Rangoon Lunatic Asylum 1878-1892 - 1878-1892
Year: 1878
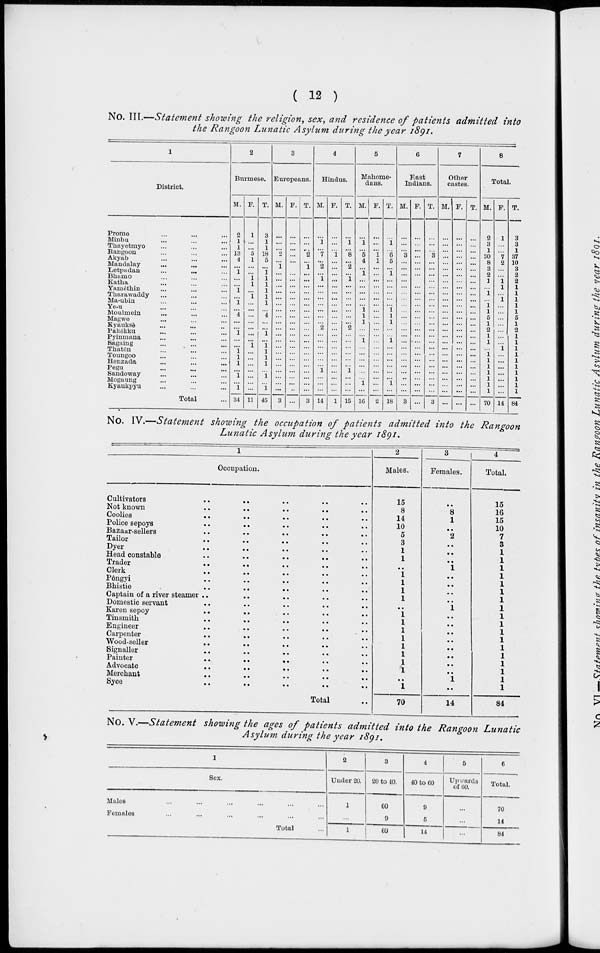
( 12 )
No. III.—Statement showing the religion, sex, and residence of patients admitted into
the Rangoon Lunatic Asylum during the year 1891.
1
District.
Prome ... ... ...
Minbu ... ... ...
Thayetmyo ... ... ...
Rangoon ... ... ...
Akyab ... ... ...
Mandalay ... ... ...
Letpadan
...
...
...
Bhamo ... ... ...
Katha ... ... ...
Yamèthin ... ... ...
Tharawaddy ... ... ...
Ma-ubin ... ... ...
Ye-u ... ... ...
Moulmein ... ... ...
Magwe ... ... ...
Kyauksè ... ... ...
Pakôkku ... ... ...
Pyinmana ... ... ...
Sagaing ... ... ...
Thatôn ... ... ...
Toungoo ... ... ...
Henzada ... ... ...
Pegu ... ... ...
Sandoway ... ... ...
Mogaung ... ... ...
Kyaukpyu ... ... ...
Total ...
2
Burmese.
M.
2
1
1
13
4
...
1
...
...
1
...
1
...
4
...
...
1
...
...
1
1
1
...
1
...
1
34
F.
1
...
...
5
1
...
...
1
1
...
1
...
...
...
...
...
...
...
1
...
...
...
...
...
...
...
11
T.
3
1
1
18
5
...
1
1
1
1
1
1
...
4
...
...
1
...
1
1
1
1
...
1
...
1
45
3
Europeans.
M.
...
...
...
2
...
1
...
...
...
...
...
...
...
...
...
...
...
...
...
...
...
...
...
...
...
...
3
F.
...
...
...
...
...
...
...
...
...
...
...
...
...
...
...
...
...
...
...
...
...
...
...
...
...
...
...
T.
...
...
...
2
...
1
...
...
...
...
...
...
...
...
...
...
...
...
...
...
...
...
...
...
...
...
3
4
Hindus.
M.
...
1
...
7
...
2
...
1
...
...
...
...
...
...
...
2
...
...
...
...
...
...
1
...
...
...
14
F.
...
...
...
1
...
...
...
...
...
...
...
...
...
...
...
...
...
...
...
...
...
...
...
...
...
...
1
T.
...
1
...
8
...
2
...
1
...
...
...
...
...
...
...
2
...
...
...
...
...
...
1
...
...
...
15
5
Mahome-
dans.
M.
...
1
...
5
4
...
1
...
...
...
...
...
1
1
1
...
...
1
...
...
...
...
...
...
1
...
16
F.
...
...
...
1
1
...
...
...
...
...
...
...
...
...
...
...
...
...
...
...
...
...
...
...
...
...
2
T.
...
1
...
6
5
...
1
...
...
...
...
...
1
1
1
...
...
1
...
...
...
...
...
...
1
...
18
6
East
Indians.
M.
...
...
...
3
...
...
...
...
...
...
...
...
...
...
...
...
...
...
...
...
...
...
...
...
...
...
3
F.
...
...
...
...
...
...
...
...
...
...
...
...
...
...
...
...
...
...
...
...
...
...
...
...
...
...
...
T.
...
...
...
3
...
...
...
...
...
...
...
...
...
...
...
...
...
...
...
...
...
...
...
...
...
...
3
7
Other
castes.
M.
...
...
...
...
...
...
...
...
...
...
...
...
...
...
...
...
...
...
...
...
...
...
...
...
...
...
...
F.
...
...
...
...
...
...
...
...
...
...
...
...
...
...
...
...
...
...
...
...
...
...
...
...
...
...
...
T.
...
...
...
...
...
...
...
...
...
...
...
...
...
...
...
...
...
...
...
...
...
...
...
...
...
...
...
8
Total.
M.
2
3
1
30
8
3
2
1
...
1
...
1 1
5
1
2
1
1
...
1 1
1
1
1
1
1
70
F.
1
...
...
7
2
...
...
1 1
...
1
...
...
...
...
...
...
...
1
...
...
...
...
...
...
...
14
T.
3
3
1
37
10
3
2
2
1
1
1
1
1
5
1
2
1
1
1
1
1
1
1
1
1
1
84
No. IV.—Statement showing the occupation of patients admitted into the Rangoon
Lunatic Asylum during the year 1891.
1
Occupation.
Cultivators .. .. .. .. ..
Not known .. .. .. .. ..
Coolies .. .. .. .. ..
Police sepoys .. .. .. .. ..
Bazaar-sellers .. .. .. .. ..
Tailor
..
..
..
..
..
Dyer .. .. .. .. ..
Head constable .. .. .. .. ..
Trader
..
..
..
..
..
Clerk
..
..
..
..
..
Pôngyi .. .. .. .. ..
Bhistie .. .. .. .. ..
Captain of a river steamer .. .. .. .. ..
Domestic servant .. .. .. .. ..
Karen sepoy
..
..
..
..
..
Tinsmith .. .. .. .. ..
Engineer .. .. .. .. ..
Carpenter
..
..
..
..
..
Wood-seller .. .. .. .. ..
Signaller .. .. .. .. ..
Painter .. .. .. .. ..
Advocate
..
..
..
..
..
Merchant .. .. .. .. ..
Syce
..
..
..
..
..
Total ..
2
Males.
15
8
14
10
5
3
1
1
..
1
1
1
1
..
1
1
1
1
1
1
1
1
..
1
70
3
Females.
..
8
1
..
2
..
..
..
1
..
..
..
..
1
..
..
..
..
..
..
..
..
1
..
14
4
Total.
15
16
15
10
7
3
1
1
1
1
1
1
1
1
1
1
1
1
1
1
1
1
1
1
84
No. V.—Statement showing the ages of patients admitted into the Rangoon Lunatic
Asylum during the year 1891.
1
Sex.
Males ... ... ... ... ...
Females ... ... ... ... ...
Total ...
2
Under 20.
1
...
1
3
20 to 40.
60
9
69
4
40 to 60.
9
5
14
5
Upwards
of 60.
...
...
...
6
Total.
70
14
84